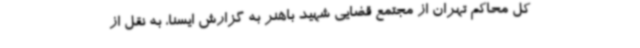
کل محاکم تهران از مجتمع قضایی شهید باهنر به گزارش ایسنا، به نقل از